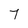
Character: 7